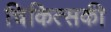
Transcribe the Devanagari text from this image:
चिकित्सकी